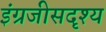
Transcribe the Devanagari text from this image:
इंग्रजीसदृश्य